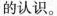
的认识。